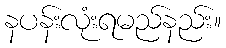
နပန်းလုံးရမည်နည်း။